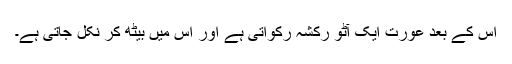
اس کے بعد عورت ایک آٹو رکشہ رکواتی ہے اور اس میں بیٹھ کر نکل جاتی ہے۔